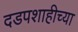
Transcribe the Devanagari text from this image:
दडपशाहीच्या